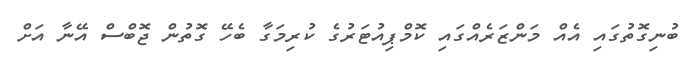
ބުނިގޮތުގައި އެއް މަންޒަރެއްގައި ކޮމްޕިއުޓަރުގެ ކުރިމަގާ ބެހޭ ގޮތުން ޖޮބްސް އޭނާ އަށް